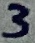
Text: 3